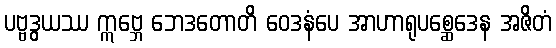
ပဗ္ဗဒွယဿ ဣဗ္ဘေ ဘေဒတောတိ ဝေဒနံပေ အာဟာရုပစ္ဆေဒေန အဇိတံ